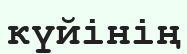
күйінің